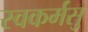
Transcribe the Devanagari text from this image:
स्वकर्मसु